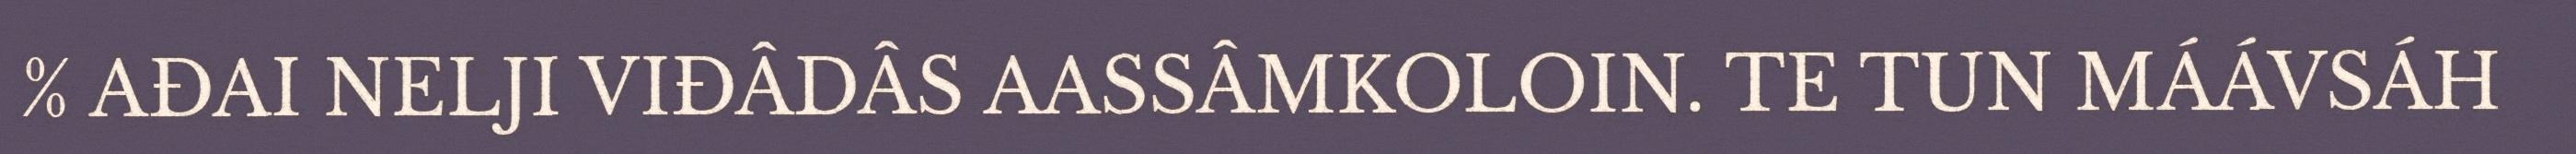
% AĐAI NELJI VIĐÂDÂS AASSÂMKOLOIN. TE TUN MÁÁVSÁH